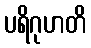
ပရိဂုဟတိ